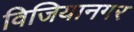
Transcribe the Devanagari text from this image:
विजियानगर